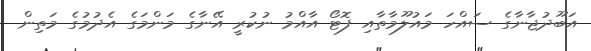
އަބޫދުޖާނާގެ ސައްހަ މައުލޫމާތާއި ފޮޓޯ އާއްމު ނުކުރީ އޭނާގެ މަންމަގެ އެދުމުގެ މަތިން